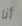
أنا